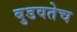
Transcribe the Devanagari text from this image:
बुडवतेच